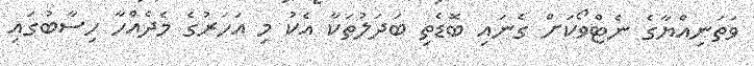
ވަތަނިއްޔާގެ ނެޓްވޯކަށް ގެނައި ބޮޑެތި ބަދަލުތަކާ އެކު މި އަހަރުގެ މެދެއްހާ ހިސާބުގައި